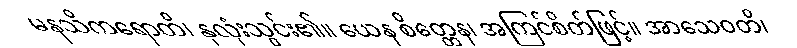
မနသိကရောတိ၊ နှလုံးသွင်း၏။ ယေန စိတ္တေန၊ အကြင်စိတ်ဖြင့်။ အာသေဝတိ၊